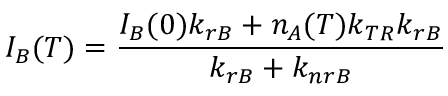
I _ { B } ( T ) = \frac { I _ { B } ( 0 ) k _ { r B } + n _ { A } ( T ) k _ { T R } k _ { r B } } { k _ { r B } + k _ { n r B } }